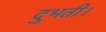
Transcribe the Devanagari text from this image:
दुभती।